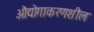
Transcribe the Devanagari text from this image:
औद्योगाकरणशील